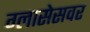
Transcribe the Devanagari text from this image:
ग्लासेसवर